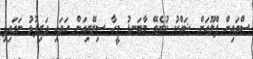
ސްވައިން ފްލޫއަށް ޝައްކު ކުރެވޭ މާބަނޑު މީހާ ސިޒޭރިއަން ހަދައި ދަރިފުޅު ނަގައިފި